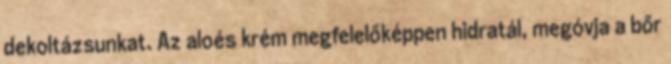
dekoltázsunkat. Az aloés krém megfelelőképpen hidratál, megóvja a bőr